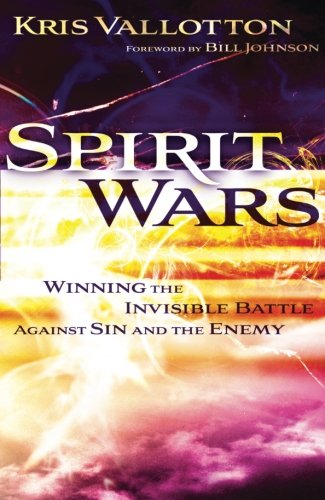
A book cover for Spirit Wars: Winning the Invisible Battle Against Sin and the Enemy; Kris Vallotton; Christian Books & Bibles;